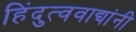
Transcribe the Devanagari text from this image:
हिंदुत्ववाद्यांनी